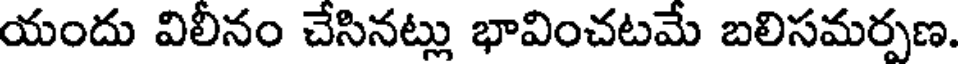
యందు విలీనం చేసినట్లు భావించటమే బలిసమర్పణ.